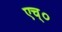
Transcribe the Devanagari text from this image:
एच्‌०